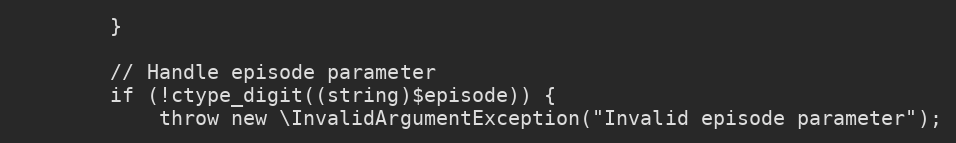
Language: PHP
        }

        // Handle episode parameter
        if (!ctype_digit((string)$episode)) {
            throw new \InvalidArgumentException("Invalid episode parameter");